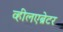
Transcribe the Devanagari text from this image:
व्हीलएब्रेटर